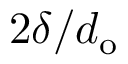
2 \delta / d _ { \mathrm { o } }